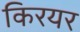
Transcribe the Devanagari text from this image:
किरयर